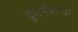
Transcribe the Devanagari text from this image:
कूटनीतीचा